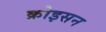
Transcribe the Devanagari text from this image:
क्रोइसन